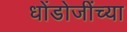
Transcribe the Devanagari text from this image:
धोंडोजींच्या